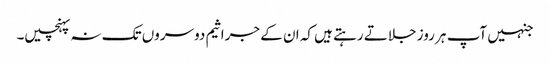
جنہیں آپ ہر روز جلاتے رہتے ہیں کہ ان کے جراثیم دوسروں تک نہ پہنچیں۔